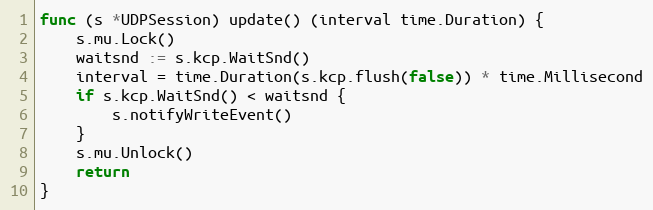
Language: Go
func (s *UDPSession) update() (interval time.Duration) {
	s.mu.Lock()
	waitsnd := s.kcp.WaitSnd()
	interval = time.Duration(s.kcp.flush(false)) * time.Millisecond
	if s.kcp.WaitSnd() < waitsnd {
		s.notifyWriteEvent()
	}
	s.mu.Unlock()
	return
}